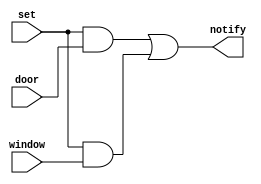
/*
Behavioural Alarm system
Author: Muzzammil Mia
Date: 28/06/2020
*/

module alarm(set,door,window,notify);
  
  input set,door,window;
  output notify;

  assign notify =  set&door | set&window;
endmodule